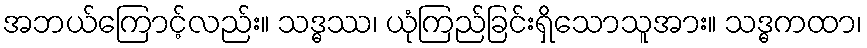
အဘယ်ကြောင့်လည်း။ သဒ္ဓဿ၊ ယုံကြည်ခြင်းရှိသောသူအား။ သဒ္ဓကထာ၊